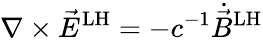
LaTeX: \nabla\times{\vec{E}}^{\mathrm{LH}}=-c^{-1}{\dot{\vec{B}}}^{\mathrm{LH}}